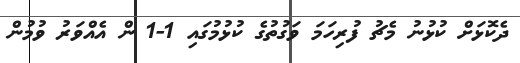
ދެކޮޅަށް ކުޅުނު މެޗު ފުރިހަމަ ވަގުތުގެ ކުޅުމުގައި 1-1 ން އެއްވަރު ވުމުން